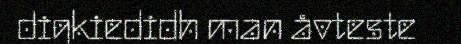
digkiedidh man åvteste